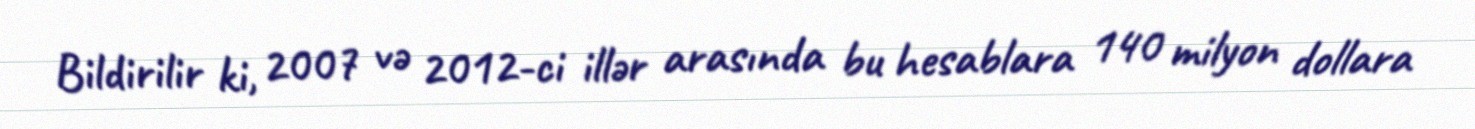
Bildirilir ki, 2007 və 2012-ci illər arasında bu hesablara 140 milyon dollara